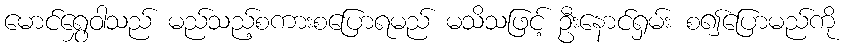
မောင်ရွှေဝါသည် မည်သည့်စကားစပြောရမည် မသိသဖြင့် ဦးနောင်ရှမ်း စ၍ပြောမည်ကို